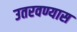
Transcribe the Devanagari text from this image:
उतरवण्यास